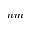
n m